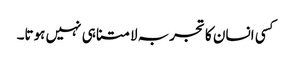
کسی انسان کا تجربہ لامتناہی نہیں ہوتا۔